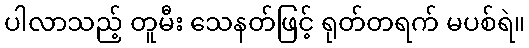
ပါလာသည့် တူမီး သေနတ်ဖြင့် ရုတ်တရက် မပစ်ရဲ။